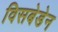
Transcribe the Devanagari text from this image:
विसबेडेन